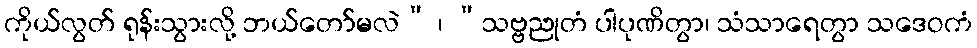
ကိုယ်လွတ် ရုန်းသွားလို့ ဘယ်တော်မလဲ” ၊ “သဗ္ဗညုတံ ပါပုဏိတွာ၊ သံသာရေတွာ သဒေဝကံ